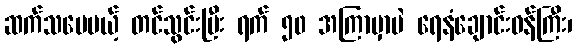
ဆက်သပေမယ့် တင်သွင်းပြီး ရက် ၅၀ အကြာမှာပဲ ရေနံချောင်းဝန်ကြီး၊